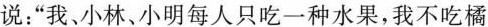
说：“我小林、小明每人只吃一种水果，我不吃橘